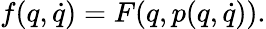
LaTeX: f(q,\dot{q})=F(q,p(q,\dot{q})).